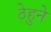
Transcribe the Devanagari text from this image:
ठेहुने